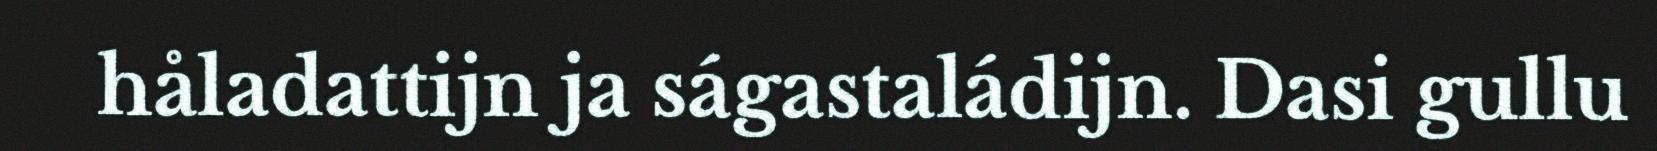
håladattijn ja ságastaládijn. Dasi gullu